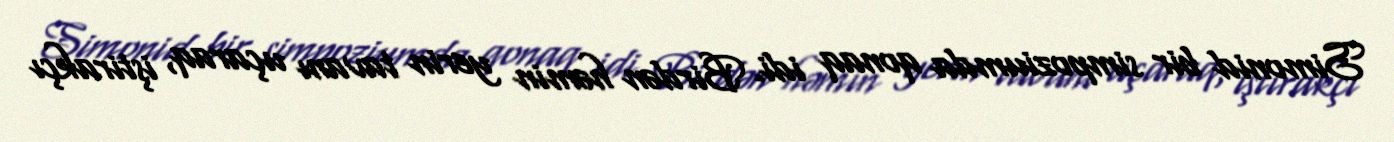
Simonid bir simpoziumda qonaq idi. Birdən həmin yerin tavanı uçaraq, iştirakçı